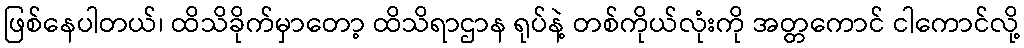
ဖြစ်နေပါတယ်၊ ထိသိခိုက်မှာတော့ ထိသိရာဌာန ရုပ်နဲ့ တစ်ကိုယ်လုံးကို အတ္တကောင် ငါကောင်လို့